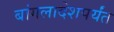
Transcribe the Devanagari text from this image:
बांगलादेशपर्यंत